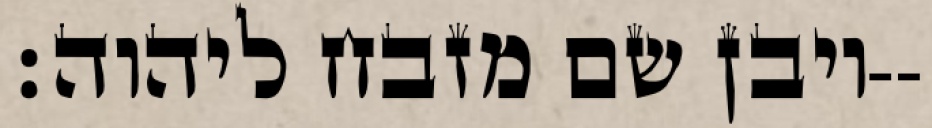
ויבן שם מזבח ליהוה׃--